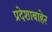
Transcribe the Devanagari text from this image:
प्रदेशाबाहेर